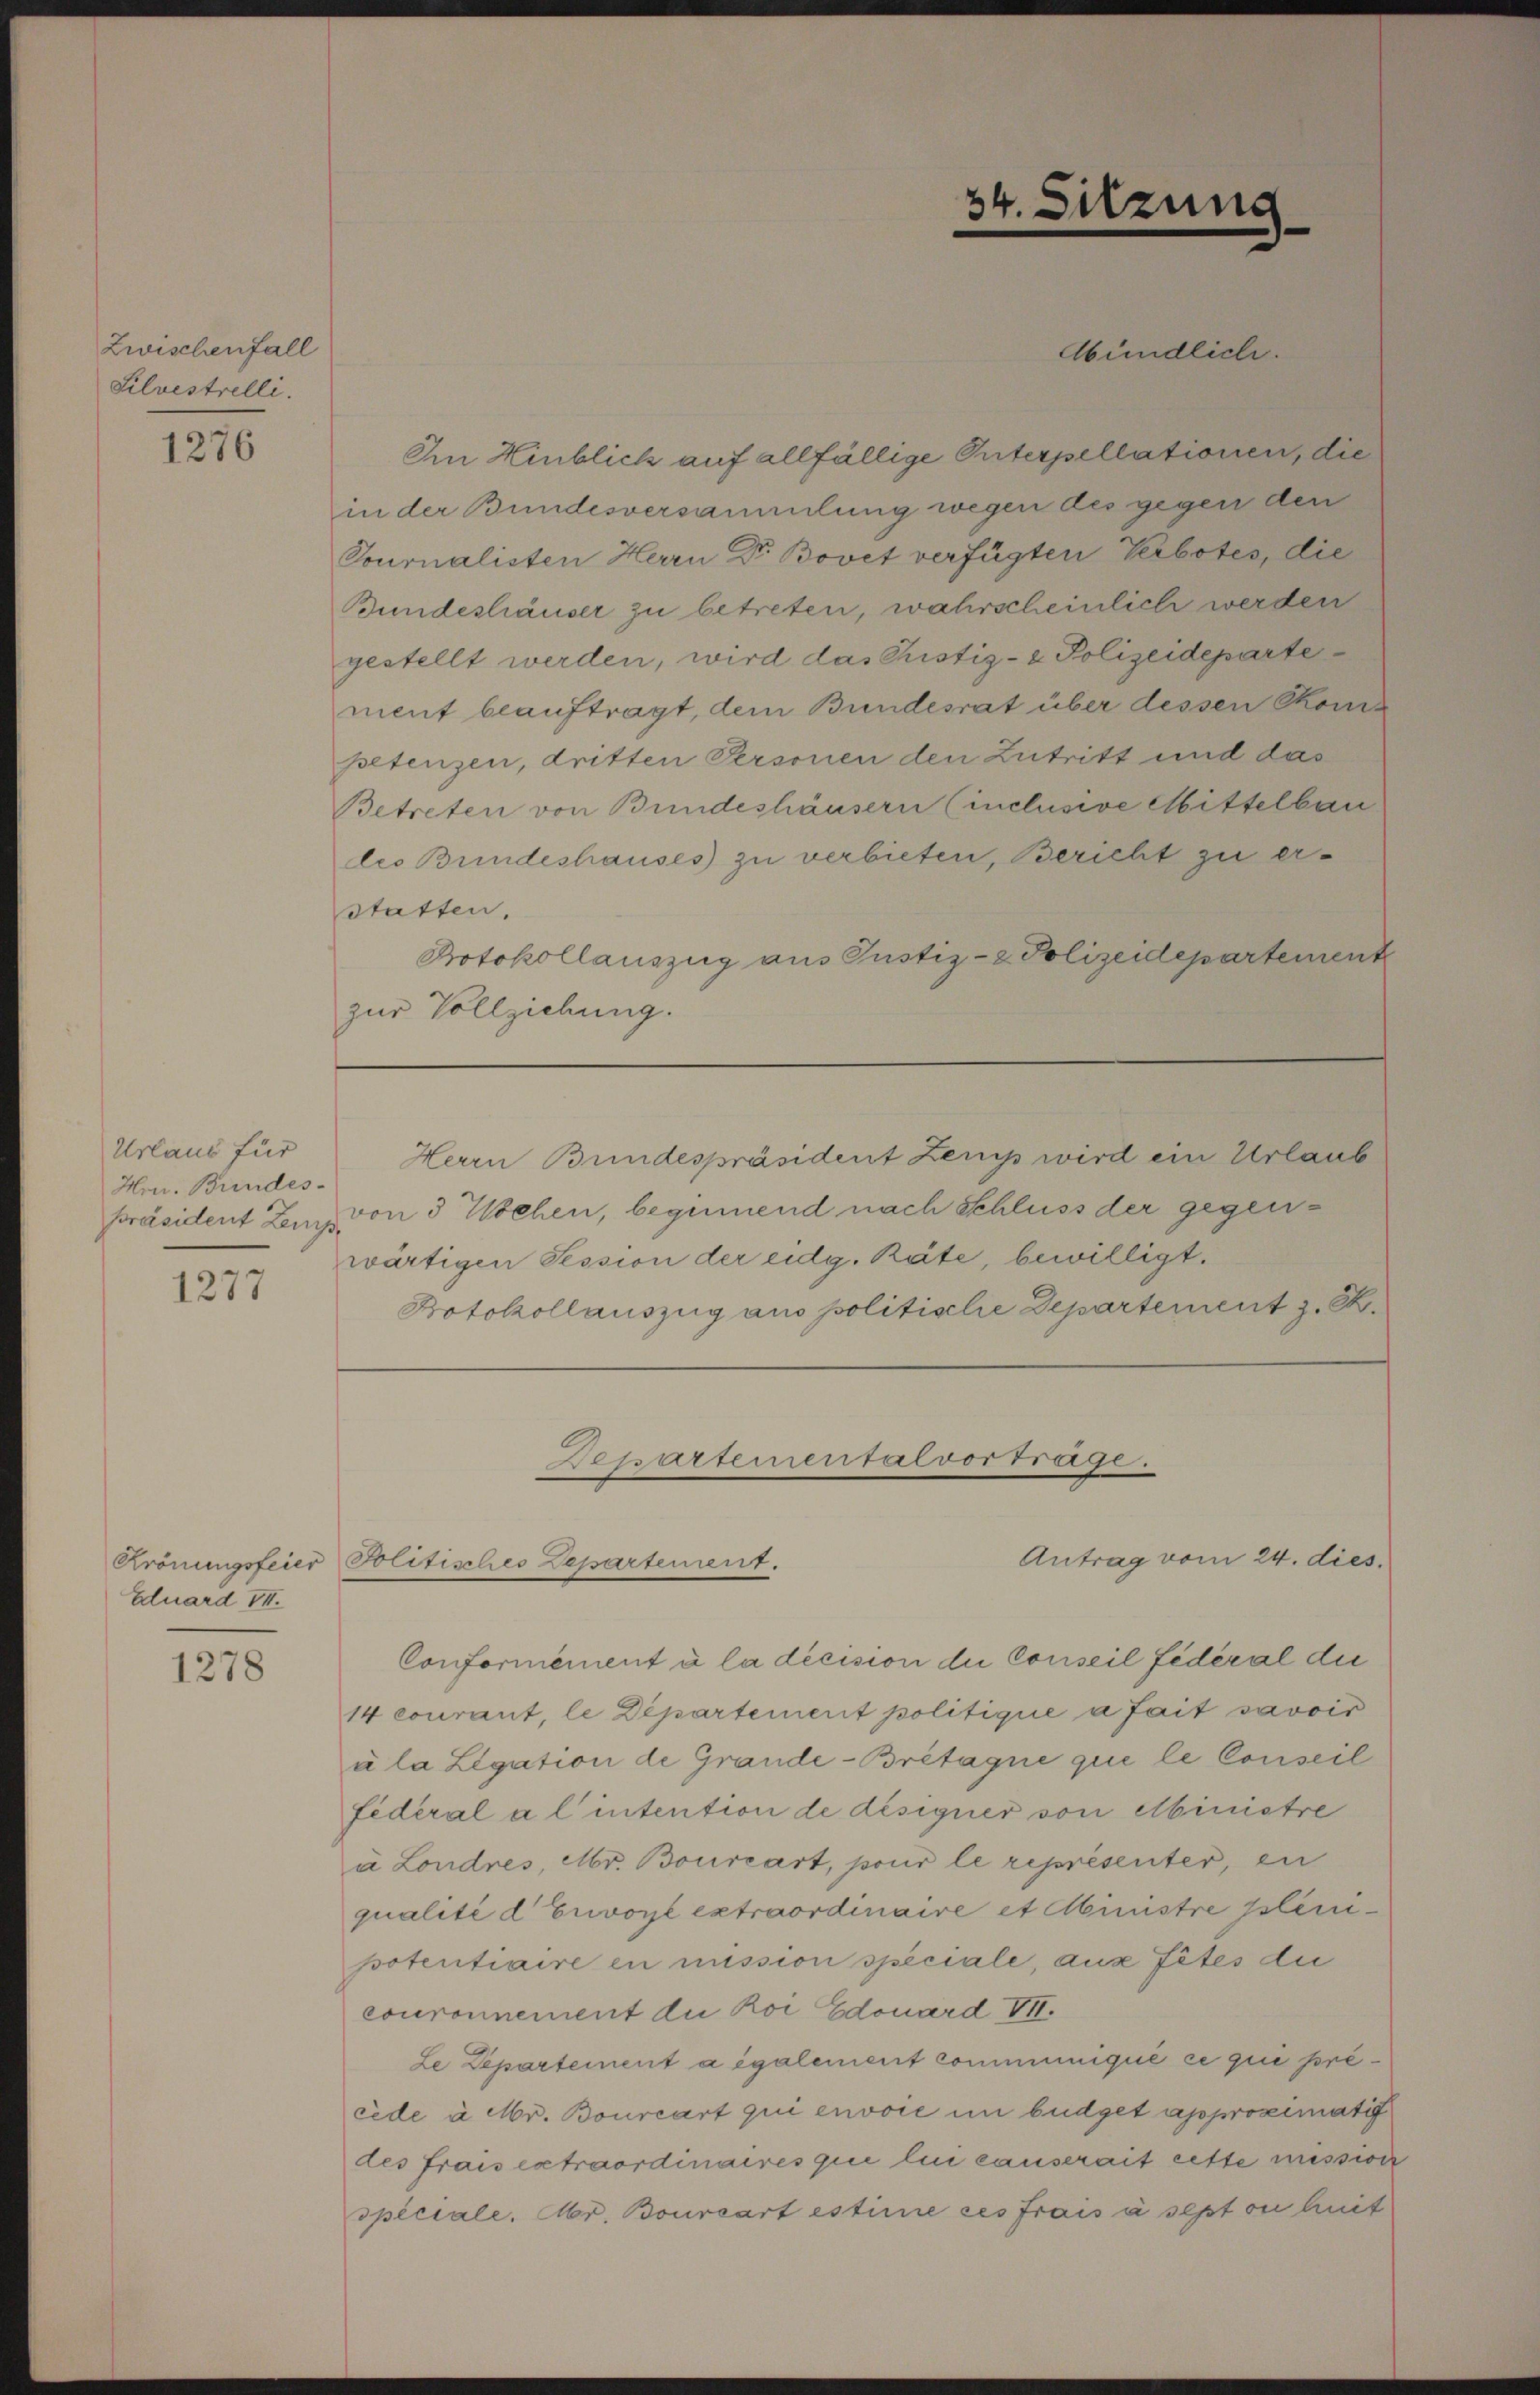
Zwischenfall
Silvestrelli.

1276

Urlaus für
Hrn. Bundes-

1277

Gluard VI.

1278

Abündlich.
Im Hinblick auf allfällige Interpellationen, die
in der Bundesversammlung wegen des gegen den
Tournalisten Herrn Dr. Bovet verfügten Verbotes, die
Bundeshäuser zu betreten, wahrscheinlich werden
gestellt werden, wird das Justiz- & Polizeidepartement beauftragt, dem Bundesrat über dessen Competenzen, dritten Personen den Zutritt und das
Betreten von Bundeshäusern (inclusive Mittelbau
les Bundeshauses zu verbieten, Bericht zu erstatten.
Protokollauszug aus Justiz- & Polizeidepartement
zur Vollziehung.

Herrn Bundespräsident Zeug wird ein Urlaub
präsident Lenz von 3 Wochen, beginnend nach Schluss der gegenwärtigen Session der eidg. Räte, bewilligt.
Protokollauszug aus politische Departement z. B.

34. Sitzung

Departemental vortrage.
Antrag vom 24. dies

Krönungsfeier Politisches Departement.
Conformément à la décision die Conseil fédéral die
14 courant, le Departement politique à fait savoir
ála Legation de Grande-Bretagne que le Conseil
fédéral a l’ intention de désigner von Abinistre
à Londres, Mr. Bourcart, pour le représenter, en
qualité d Erwoyl extraordinaire et Ministre plenipotentiaire en mission speciale, aus Petes die
couronnement die Koi Edouard VII.
Le Departement a également communiqué ce qui précede à Mr. Bourcart qui envoie im büdget approximatis
des frais extraordinaires qui lui causerait cette mission
speciale. Mr. Bourcart estime ces frais à sept ou huit